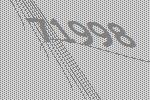
71998